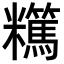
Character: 𥽪